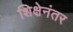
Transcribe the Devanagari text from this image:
शिक्षेनंतर